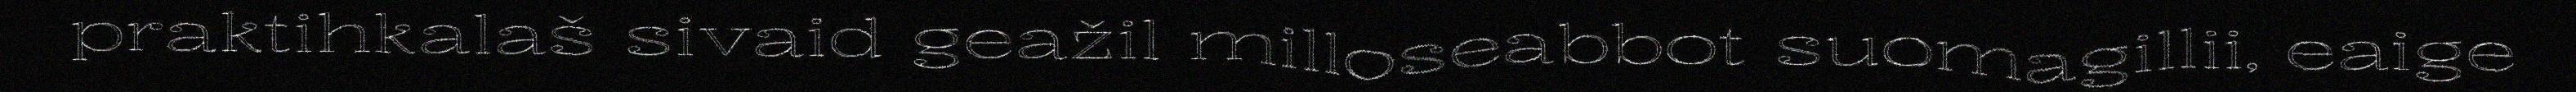
praktihkalaš sivaid geažil milloseabbot suomagillii, eaige